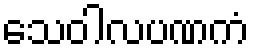
သေဝါလပဏကံ